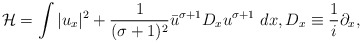
\begin{align*} \mathcal{H}=\int |u_{x}|^{2}+\frac{1}{(\sigma+1)^{2}} \bar{u}^{\sigma+1}D_{x} u^{\sigma+1}\ dx, D_{x}\equiv \frac{1}{i}\partial_{x},\end{align*}